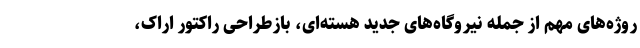
روژه‌های مهم از جمله نیروگاه‌های جدید هسته‌ای، بازطراحی راکتور اراک،